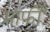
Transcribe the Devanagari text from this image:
मार्फ़ी